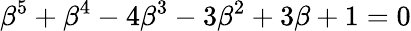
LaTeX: \beta^{5}+\beta^{4}-4\beta^{3}-3\beta^{2}+3\beta+1=0